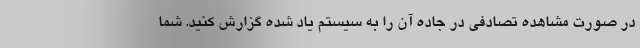
در صورت مشاهده تصادفی در جاده آن را به سیستم یاد شده گزارش کنید. شما